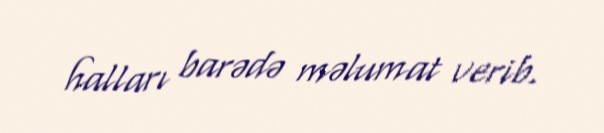
halları barədə məlumat verib.